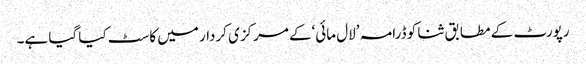
رپورٹ کے مطابق ثنا کو ڈرامہ ’لال مائی‘کے مرکزی کردار میں کاسٹ کیا گیا ہے۔